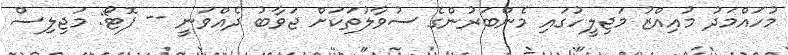
މުހައްމަދު މުއިއްޒު މަޖިލީހުގައި މެންބަރުންގެ ސުވާލުތަކަށް ޖަވާބު ދެއްވަނީ -- ފޮޓޯ: މަޖިލިސް